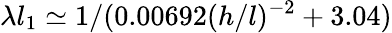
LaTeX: \lambda l_{1}\simeq 1/(0.00692(h/l)^{-2}+3.04)